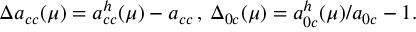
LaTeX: \Delta a _ { c c } ( \mu ) = a _ { c c } ^ { h } ( \mu ) - a _ { c c } \, , \, \Delta _ { 0 c } ( \mu ) = a _ { 0 c } ^ { h } ( \mu ) / a _ { 0 c } - 1 .